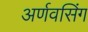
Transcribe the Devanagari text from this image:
अर्णवसिंग